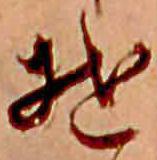
そ